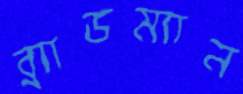
ব্র্যাডম্যান